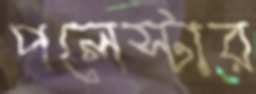
পলেস্টার